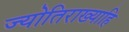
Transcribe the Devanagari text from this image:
ज्योतिराख्याहि